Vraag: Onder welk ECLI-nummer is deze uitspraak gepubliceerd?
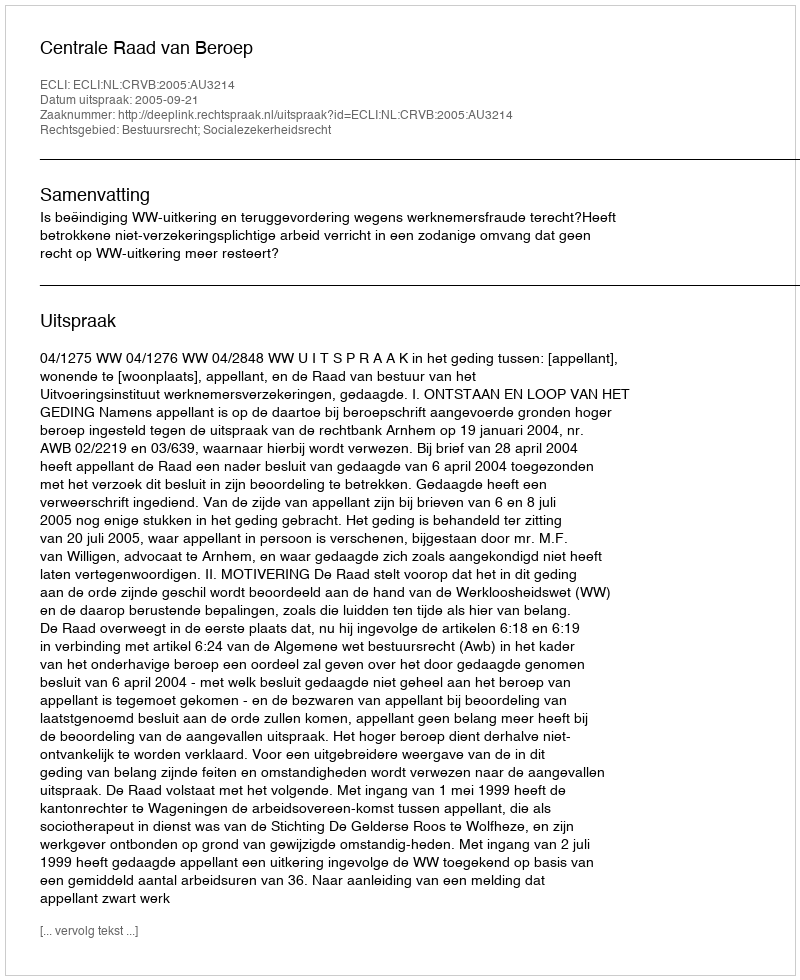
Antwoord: ECLI:NL:CRVB:2005:AU3214